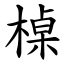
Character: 槕